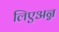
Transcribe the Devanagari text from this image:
लिएअन्न